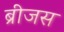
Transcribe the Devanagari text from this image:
ब्रीजस